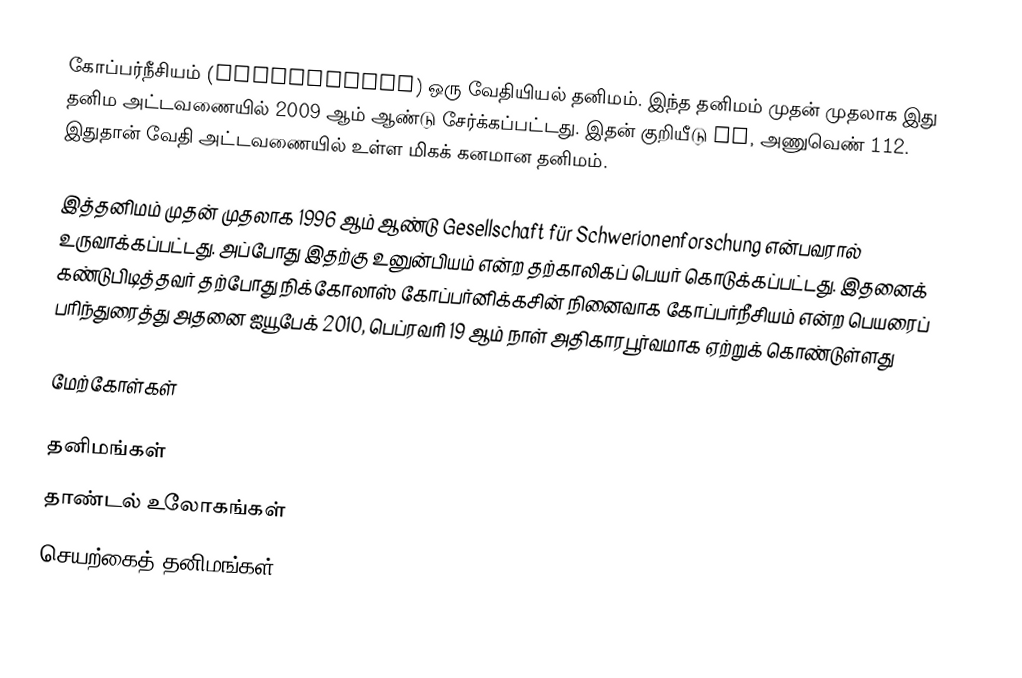
கோப்பர்நீசியம் (Copernicium)  ஒரு வேதியியல் தனிமம். இந்த தனிமம் முதன் முதலாக இது தனிம அட்டவணையில் 2009 ஆம் ஆண்டு சேர்க்கப்பட்டது. இதன் குறியீடு Cn, அணுவெண் 112. இதுதான் வேதி அட்டவணையில் உள்ள மிகக் கனமான தனிமம்.

இத்தனிமம் முதன் முதலாக 1996 ஆம் ஆண்டு Gesellschaft für Schwerionenforschung என்பவரால் உருவாக்கப்பட்டது. அப்போது இதற்கு உனுன்பியம் என்ற தற்காலிகப் பெயர் கொடுக்கப்பட்டது. இதனைக் கண்டுபிடித்தவர் தற்போது நிக்கோலாஸ் கோப்பர்னிக்கசின் நினைவாக கோப்பர்நீசியம் என்ற பெயரைப் பரிந்துரைத்து அதனை ஐயூபேக் 2010, பெப்ரவரி 19 ஆம் நாள் அதிகாரபூர்வமாக ஏற்றுக் கொண்டுள்ளது

மேற்கோள்கள்

தனிமங்கள்
தாண்டல் உலோகங்கள்
செயற்கைத் தனிமங்கள்